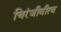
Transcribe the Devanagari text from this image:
चिरंजीवीत्व